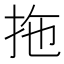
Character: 拖